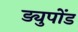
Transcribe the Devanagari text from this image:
ड्युपोंड